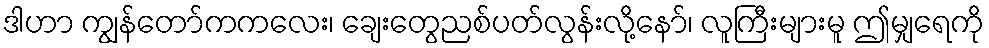
ဒါဟာ ကျွန်တော်ကကလေး၊ ချေးတွေညစ်ပတ်လွန်းလို့နော်၊ လူကြီးများမူ ဤမျှရေကို